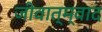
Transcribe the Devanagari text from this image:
जीवात्म्वाद